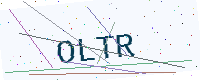
Text: OLTR